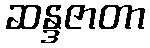
ဆန္ဒဇာတာ